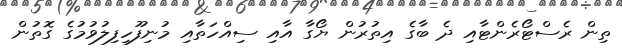
ތިން ރެސްޓޯރެންޓާއި ދެ ބާގެ އިތުރުން ޔޯގާ އާއި ސިއްހަތާއި މުނިފޫހިފިލުވުމުގެ ގޮތުން